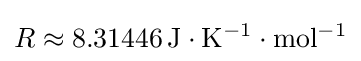
R\approx \mathrm {8.31446\,J\cdot K^{-1}\cdot mol^{-1}}